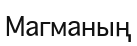
Магманың